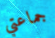
جماعتي